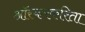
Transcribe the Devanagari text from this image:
ऑस्करकरिता